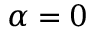
\alpha = 0